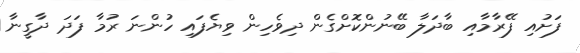
ފަށުއި ފޭރާމާއި ބާދަލާ ބޭނުންކޮށްގެން ދިވެހިން ވިޔެފައި ހުންނަ ރުމާ ފަދަ ދާގީނާ